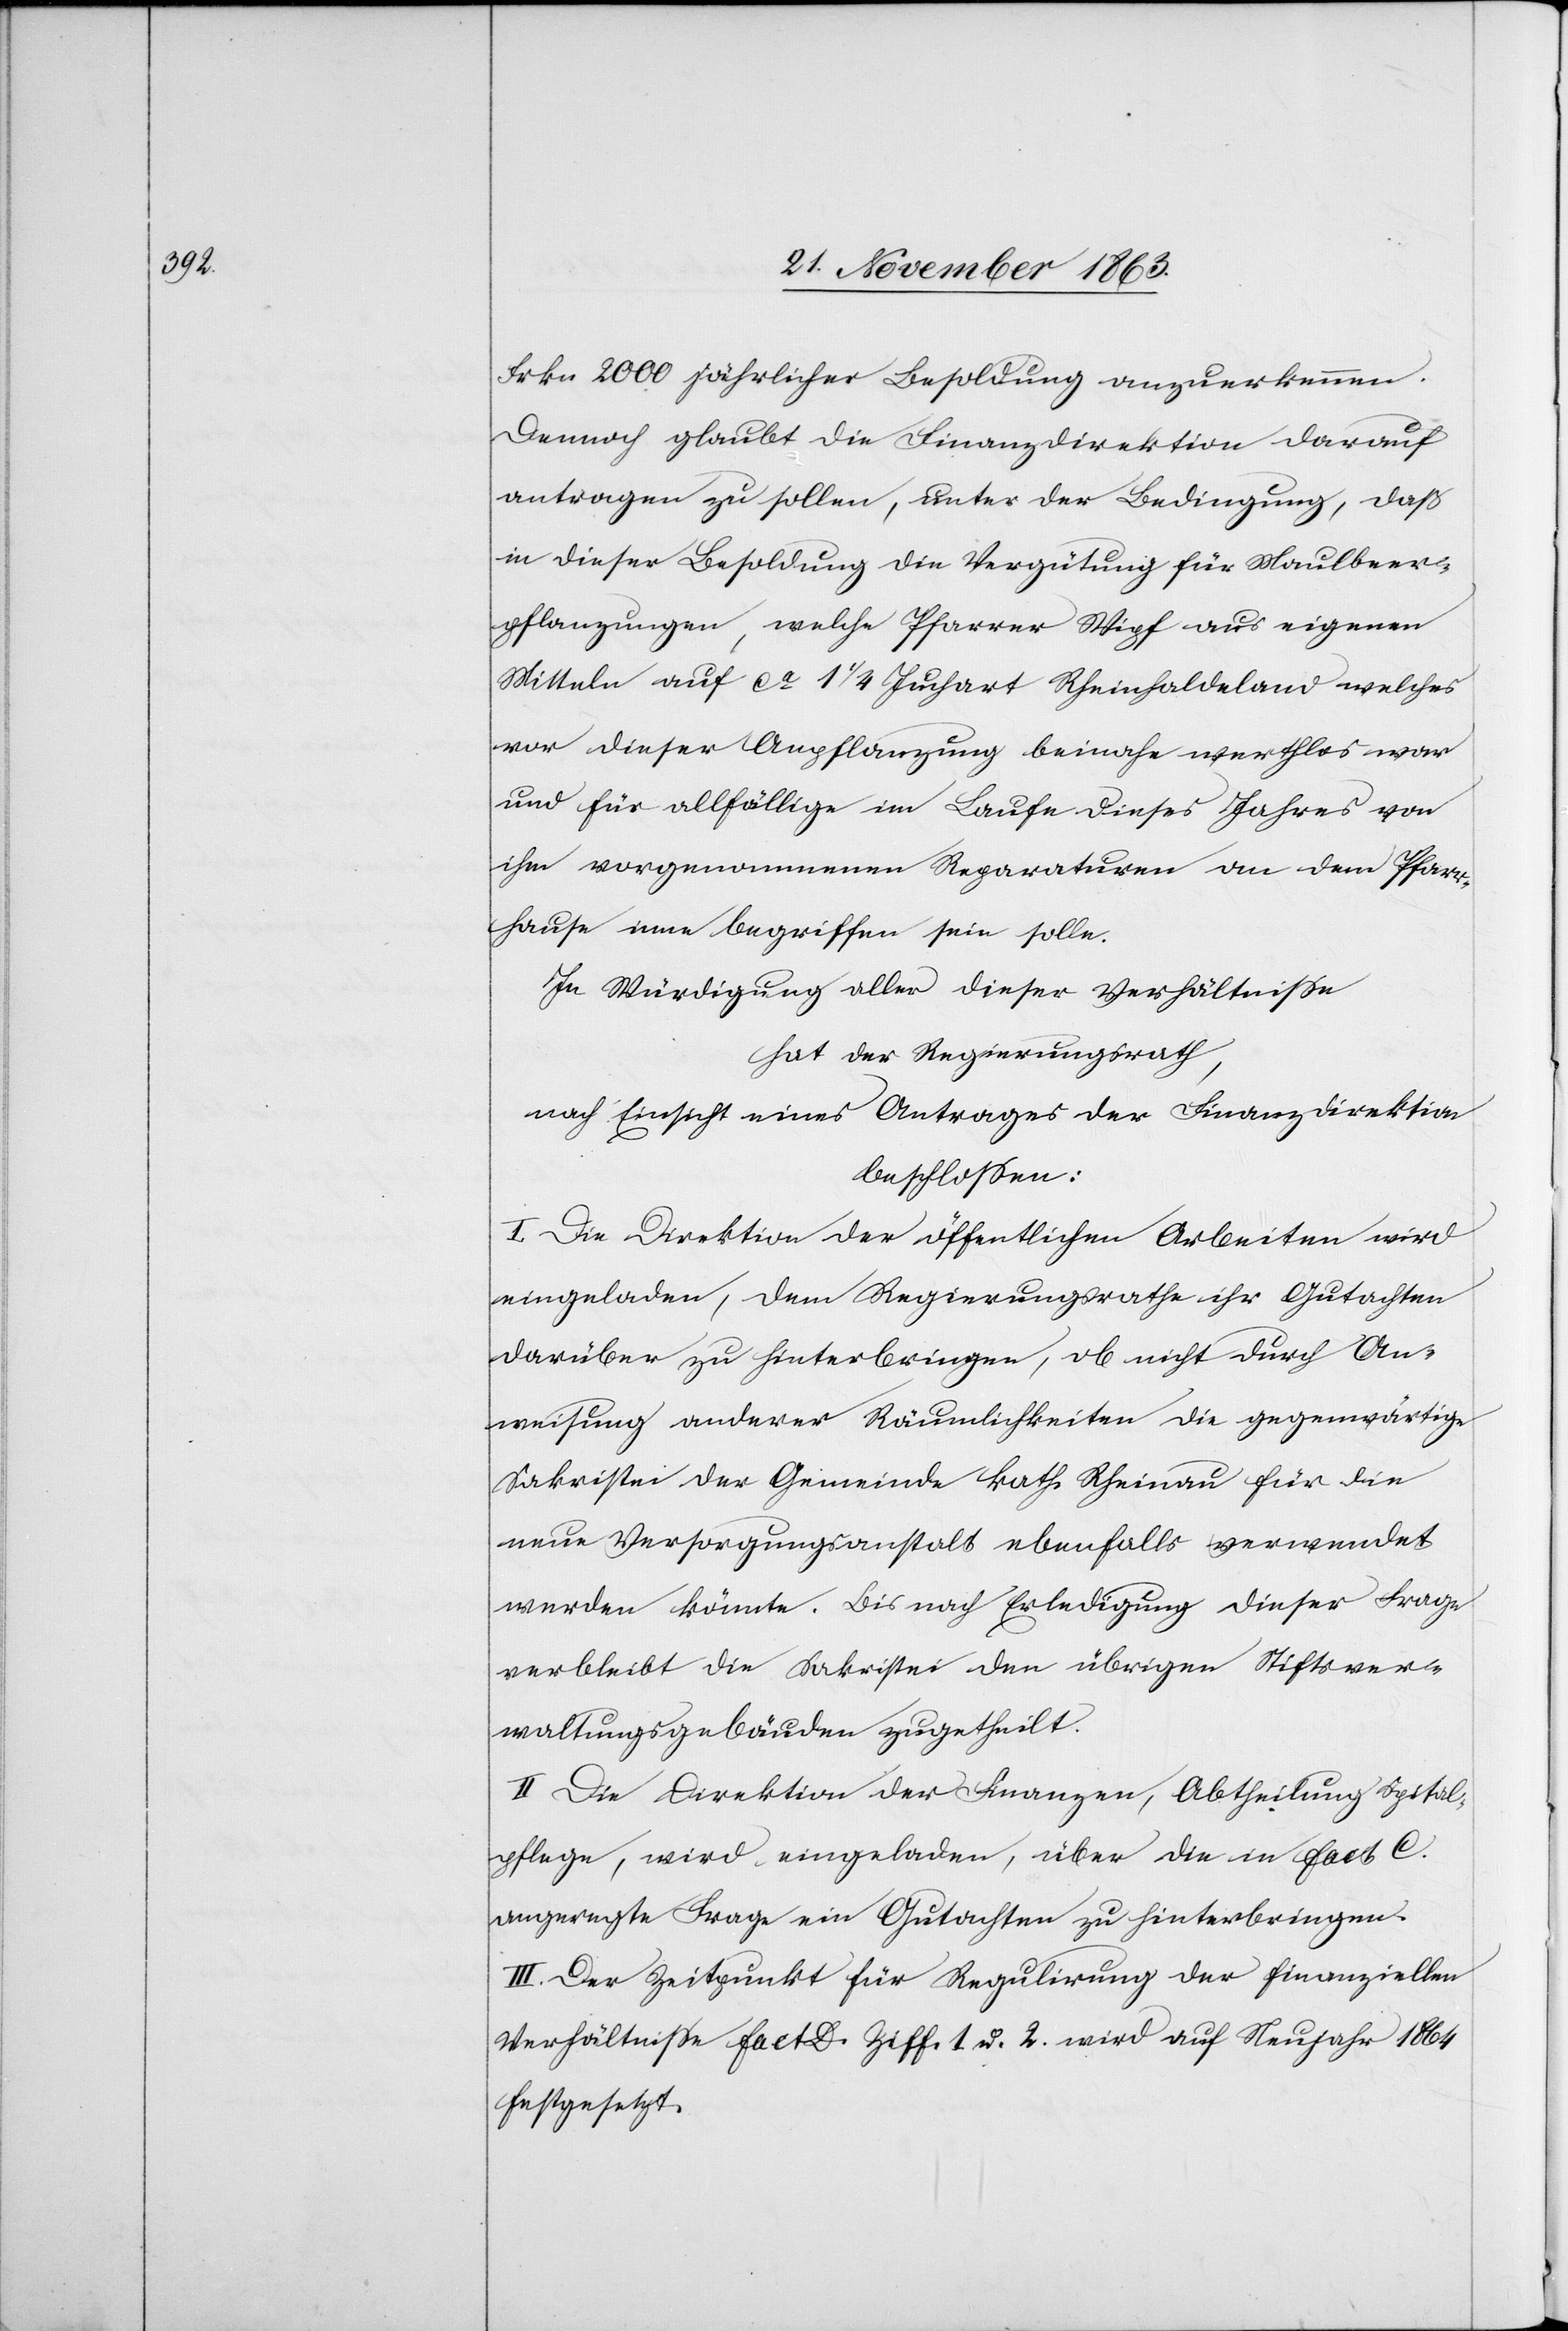
Frkn 2000 jährlicher Besoldung anzuerkennen.
Dennoch glaubt die Finanzdirektion darauf
antragen zu sollen, unter Bedingung, daß
in dieser Besoldung die Vergütung für Maulbeer¬
pflanzungen, welche Pfarrer Wipf aus eigenen
Mitteln auf ca 1 1/4 Juchart Rheinhaldeland[,] welches
vor dieser Anpflanzung beinahe werthlos war[,]
und für allfällige im Laufe dieses Jahres von
ihm vorgenommenen Reparaturen an dem Pfarr¬
hause inne begriffen sein solle.
In Würdigung aller dieser Verhältnisse
hat der Regierungsrath,
nach Einsicht eines Antrages der Finanzdirektion
beschlossen:
I. Die Direktion der öffentlichen Arbeiten wird
eingeladen, dem Regierungsrathe ihr Gutachten
darüber zu hinterbringen, ob nicht durch An¬
weisung anderer Räumlichkeiten die gegenwärtige
Sakristei der Gemeinde kath. Rheinau für die
neue Versorgungsanstalt ebenfalls verwendet
werden könnte. Bis nach Erledigung dieser Frage
verbleibt die Sakristei den übrigen Stiftsver¬
waltungsgebäuden zugetheilt.
II. Die Direktion der Finanzen, Abtheilung Spital¬
pflege, wird eingeladen, über die in Fact C.
angeregte Frage ein Gutachten zu hinterbringen.
III. Der Zeitpunkt für Regulirung der finanziellen
Verhältnisse Fact D. Ziff. 1 u. 2 wird auf Neujahr 1864
festgesetzt.